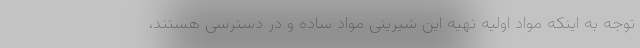
توجه به اینکه مواد اولیه تهیه این شیرینی مواد ساده و در دسترسی هستند،